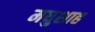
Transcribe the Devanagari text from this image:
मधुशाह